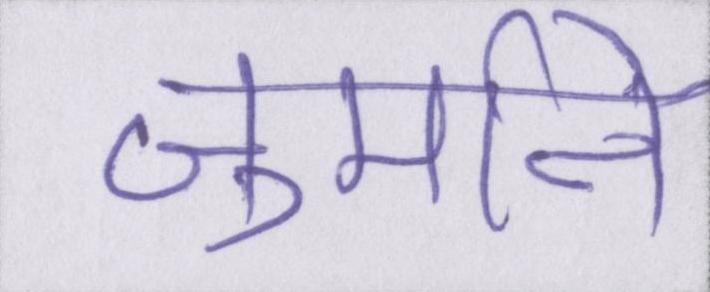
जुर्माने